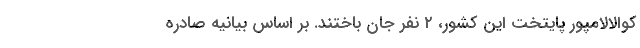
کوالالامپور پایتخت این کشور، ۲ نفر جان باختند. بر اساس بیانیه صادره